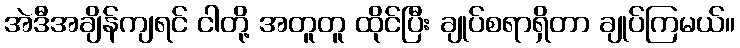
အဲဒီအချိန်ကျရင် ငါတို့ အတူတူ ထိုင်ပြီး ချုပ်စရာရှိတာ ချုပ်ကြမယ်။